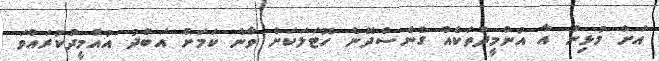
އަށް މުޅިން އާ އުންމީދުތަކެއް ގެނެސްދޭނެ ހޮޓަލަކަށް ވާނެ ކަމަށް އަބްދު އުއްމީދުކުރައްވަ